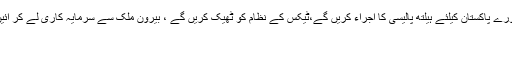
ملک بھرمیں ایک تعلیمی نصاب لے کر آئیں گے‘ پورے پاکستان کیلئے ہیلتھ پالیسی کا اجراء کریں گے،ٹیکس کے نظام کو ٹھیک کریں گے ، بیرون ملک سے سرمایہ کاری لے کر آئیں گے ‘پی ٹی آئی کے چیئرمین کا جلسہ سے خطاب
پیر 30 اپریل 2018 01:00
لاہور۔